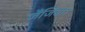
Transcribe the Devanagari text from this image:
जैंजिबार